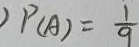
P ( A ) = \frac { 1 } { 9 }